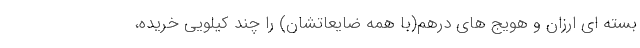
بسته ای ارزان و هویج های درهم(با همه ضایعاتشان) را چند کیلویی خریده،